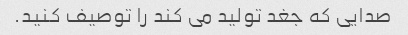
صدایی که جغد تولید می کند را توصیف کنید.